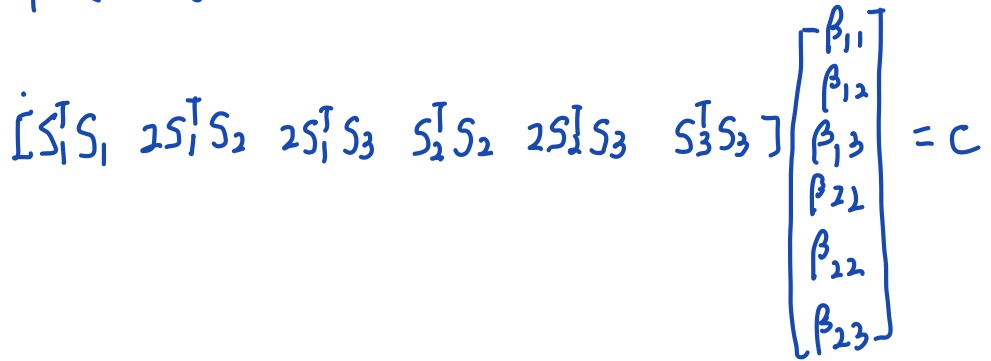
\[
\begin{bmatrix}
S_1^{\top}S_1 & 2S_1^{\top}S_2 & 2S_1^{\top}S_3 & S_2^{\top}S_2 & 2S_2^{\top}S_3 & S_3^{\top}S_3
\end{bmatrix}
\begin{bmatrix}
\beta_{11}\\
\beta_{12}\\
\beta_{13}\\
\beta_{22}\\
\beta_{22}\\
\beta_{23}
\end{bmatrix}= C
\]